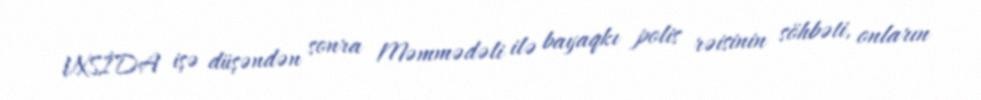
VXSİDA işə düşəndən sonra Məmmədəli ilə bayaqkı polis rəisinin söhbəti, onların